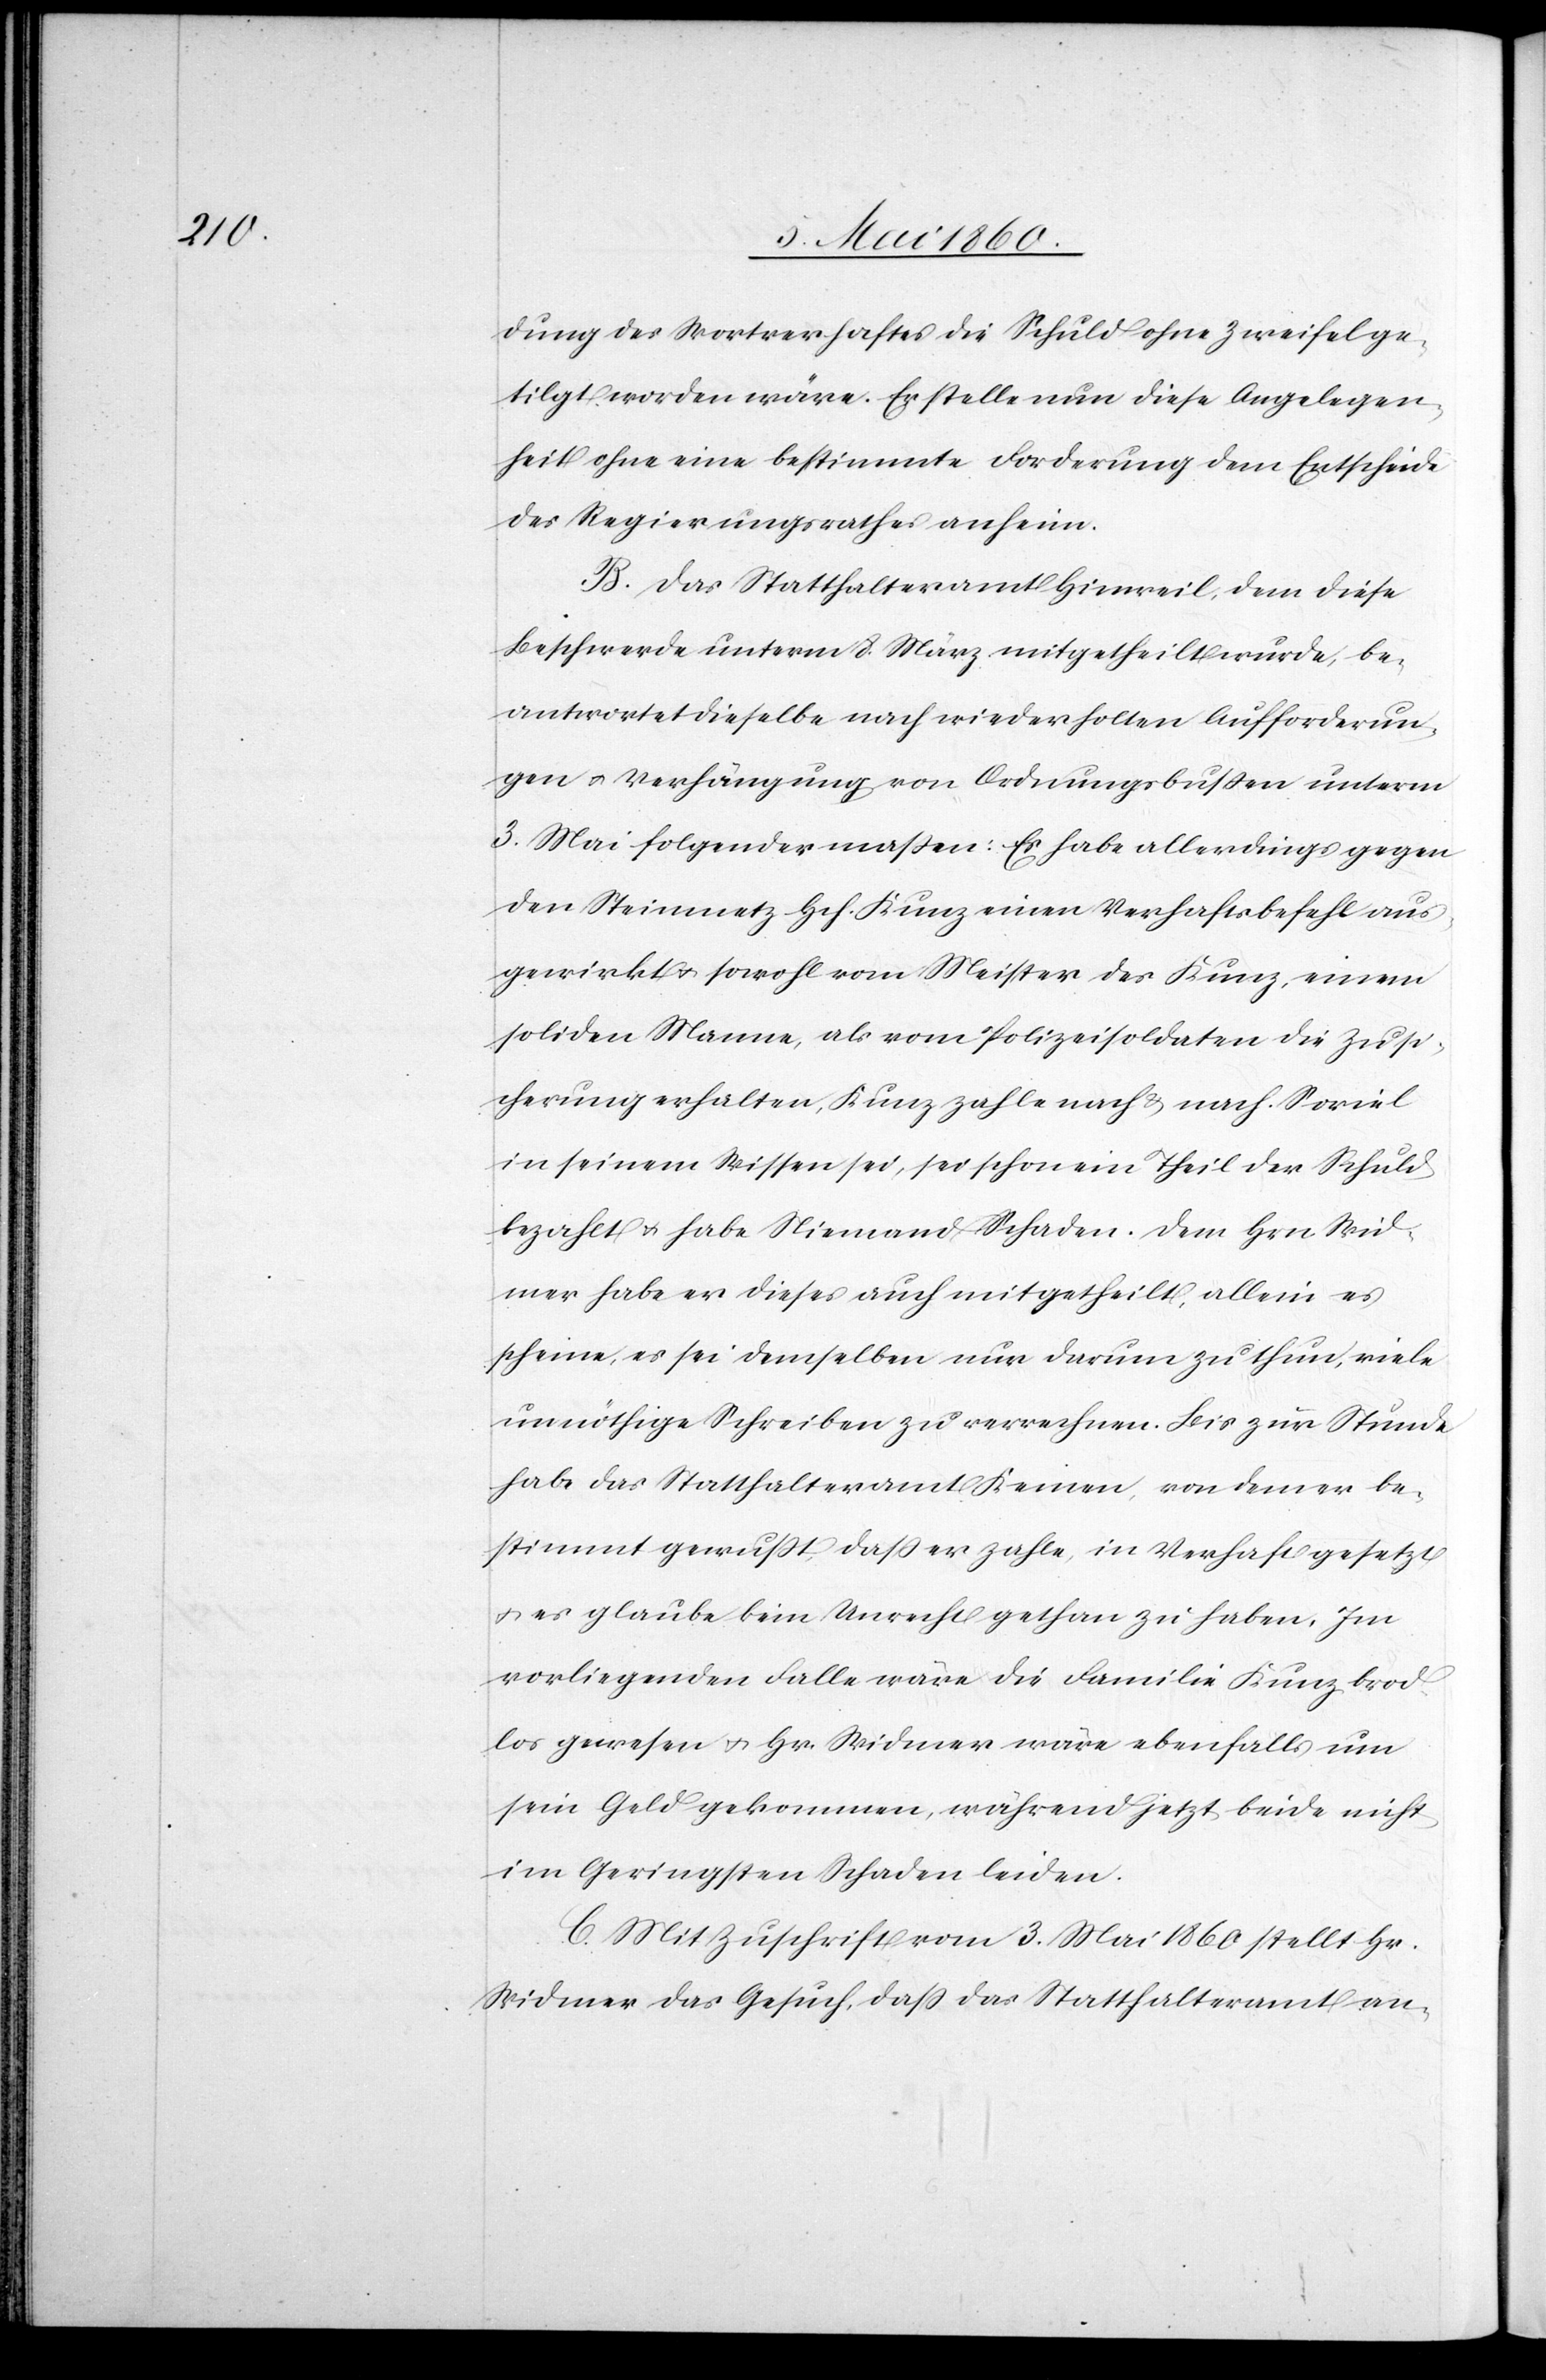
dung des Wortverhaftes die Schuld ohne Zweifel ge¬
tilgt worden wäre. Er stelle nun diese Angelegen¬
heit ohne eine bestimmte Forderung dem Entscheide
des Regierungsrathes anheim.
B. Das Statthalteramt Hinweil, dem diese
Beschwerde unterm 8. März mitgetheilt wurde, be¬
antwortet dieselbe nach wiederholten Aufforderun¬
gen u. Verhängung von Ordnungsbussen unterm
3. Mai folgender massen: Es habe allerdings gegen
den Steinmetz Hch. Kunz einen Verhaftsbefehl aus¬
gewirkt u. sowohl vom Meister des Kunz, einem
soliden Manne, als vom Polizeisoldaten die Zusi¬
cherung erhalten, Kunz zahle nach u. nach. Soviel
in seinem Wissen sei, sei schon ein Theil der Schuld
bezahlt u. habe Niemand Schaden. Dem Hrn. Wid¬
mer habe er dieses auch mitgetheilt, allein es
schiene, es sei demselben nur darum zu thun, viele
unnöthige Schreiben zu verrechnen. Bis zur Stunde
habe das Statthalteramt Keinen, von dem er be¬
stimmt gewußt, dass er zahle, in Verhaft gesetzt
u. es glaube kein Unrecht gethan zu haben. Im
vorliegenden Falle wäre die Familie Kunz brod¬
los gewesen u. Hr. Widmer wäre ebenfalls um
sein Geld gekommen, während jetzt beide nicht
im Geringsten Schaden leiden.
C. Mit Zuschrift vom 3. Mai 1860 stellt Hr.
Widmer das Gesuch, dass das Statthalteramt an-